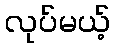
လုပ်မယ့်